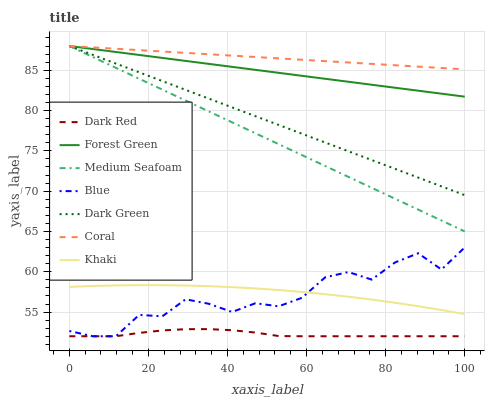
| xaxis_label | Dark Red | Forest Green | Medium Seafoam | Blue | Dark Green | Coral | Khaki |
 | --- | --- | --- | --- | --- | --- | --- | --- |
 | 0 | 52 | 88 | 88 | 52.7 | 88 | 88 | 58.1 |
 | 5.88 | 52 | 87.6 | 86.6 | 52 | 86.9 | 87.8 | 58.2 |
 | 11.8 | 52 | 87.3 | 85.3 | 52 | 85.8 | 87.7 | 58.3 |
 | 17.6 | 52.4 | 86.9 | 83.9 | 54.6 | 84.7 | 87.5 | 58.3 |
 | 23.5 | 52.7 | 86.5 | 82.6 | 54.5 | 83.6 | 87.3 | 58.3 |
 | 29.4 | 52.9 | 86.2 | 81.2 | 56.6 | 82.6 | 87.1 | 58.3 |
 | 35.3 | 52.9 | 85.8 | 79.9 | 56 | 81.5 | 87 | 58.2 |
 | 41.2 | 52.7 | 85.4 | 78.5 | 55 | 80.4 | 86.8 | 58.1 |
 | 47.1 | 52.5 | 85 | 77.2 | 56.1 | 79.3 | 86.6 | 57.9 |
 | 52.9 | 52 | 84.7 | 75.8 | 55.7 | 78.2 | 86.5 | 57.7 |
 | 58.8 | 52 | 84.3 | 74.5 | 56.8 | 77.1 | 86.3 | 57.5 |
 | 64.7 | 52 | 83.9 | 73.1 | 59.3 | 76 | 86.1 | 57.2 |
 | 70.6 | 52 | 83.6 | 71.8 | 60 | 74.9 | 86 | 56.9 |
 | 76.5 | 52 | 83.2 | 70.4 | 59 | 73.9 | 85.8 | 56.5 |
 | 82.4 | 52 | 82.8 | 69.1 | 61.2 | 72.8 | 85.6 | 56.2 |
 | 88.2 | 52 | 82.5 | 67.7 | 62.3 | 71.7 | 85.4 | 55.7 |
 | 94.1 | 52 | 82.1 | 66.4 | 60.3 | 70.6 | 85.3 | 55.3 |
 | 100 | 52 | 81.7 | 65 | 63 | 69.5 | 85.1 | 54.7 |